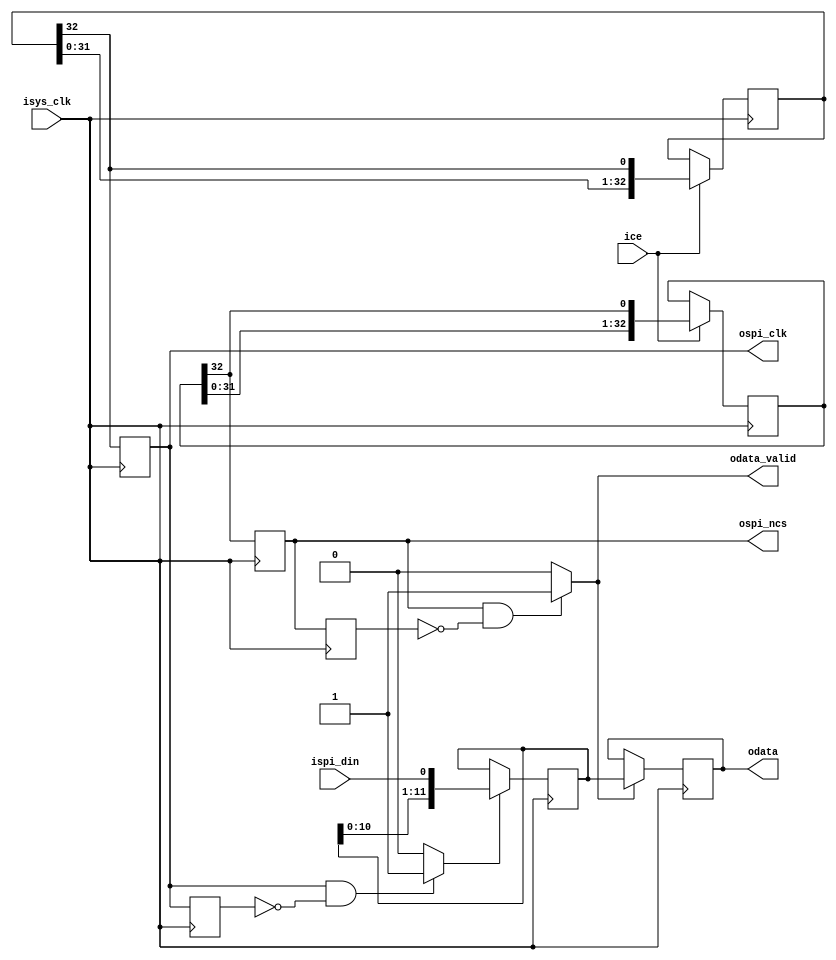
`timescale 1ns / 1ps
//////////////////////////////////////////////////////////////////////////////////
// Company: 
// Engineer: 
// 
// Design Name: 
// Module Name: mcp3201_srl
// Project Name: 
// Target Devices: 
// Tool Versions: 
// Description: 
// 
// Dependencies: 
// 
// Revision:
// Revision 0.01 - File Created
// Additional Comments:
// 
//////////////////////////////////////////////////////////////////////////////////


module mcp3201_srl(
    input isys_clk,
    input ice,
    //
    output ospi_ncs,
    input ispi_din,
    output ospi_clk,
    //
    output [11:0] odata,
    output odata_valid
    );
    
    
    reg [32:0] sr_clk;
    reg [32:0] sr_ncs;
    reg [11:0] sr_din;
    reg [11:0] data;
    
    reg spi_clk;
    reg spi_clk_dff;
    reg data_valid;
    wire data_valid_2;
    reg spi_ncs;
    reg spi_ncs_dff;
    
    initial begin
    	sr_ncs <= 33'b111_0000_0000_0000_0000_0000_0000_0000_00;
    	sr_clk <= 33'b000_0101_0101_0101_0101_0101_0101_0101_01;    	
    end
    
    //gen ospi_clk
    always @(posedge isys_clk) begin
    	if(ice) begin
  			sr_clk <= {sr_clk[31:0],sr_clk[32]};
  		end
  		spi_clk <= sr_clk[32];
	end
	
	//gen ospi_ncs
    always @(posedge isys_clk) begin
    	if(ice) begin
  			sr_ncs <= {sr_ncs[31:0],sr_ncs[32]};
  		end
  		spi_ncs <= sr_ncs[32];
	end
	
	//gen ispi_din
    always @(posedge isys_clk) begin
    	if(data_valid_2) begin
  			sr_din <= {sr_din[10:0],ispi_din};
  		end
	end
    
    
    always @(posedge isys_clk) begin
    	spi_clk_dff <= spi_clk;
    	if ((spi_clk == 1'b1) & (spi_clk_dff == 1'b0)) begin
    		data_valid <= 1'b1;
    	end else begin
    		data_valid <= 1'b0;
    	end
    end
    
    assign data_valid_2 = ((spi_clk == 1'b1) & (spi_clk_dff == 1'b0))?1'b1 : 1'b0;
    
    always @(posedge isys_clk) begin
    	spi_ncs_dff <= spi_ncs;
    end
    
    assign odata_valid = ((spi_ncs == 1'b1) & (spi_ncs_dff == 1'b0))?1'b1 : 1'b0;
    always @(posedge isys_clk) begin
    	if (odata_valid) begin
    		data <= sr_din;
    	end
    end
    
    assign odata = data;
    
    
    assign ospi_clk = spi_clk;
    assign ospi_ncs = spi_ncs;
    
endmodule